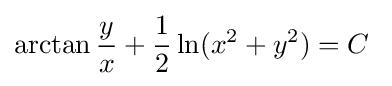
\arctan {\frac {y}{x}}+{\frac {1}{2}}\ln(x^{2}+y^{2})=C\